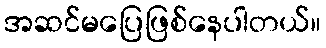
အဆင်မပြေဖြစ်နေပါတယ်။